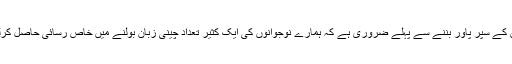
چین کے سپر پاور بننے سے پہلے ضروری ہے کہ ہمارے نوجوانوں کی ایک کثیر تعداد چینی زبان بولنے میں خاص رسائی حاصل کرلے۔